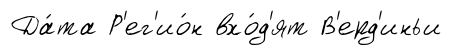
Да́та Р'ег'ио́н вхо́д'ят В'ерд'иньи